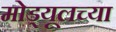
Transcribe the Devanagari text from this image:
मोड्यूलच्या